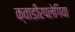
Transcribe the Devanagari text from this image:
क्वाडीरपलेगिया